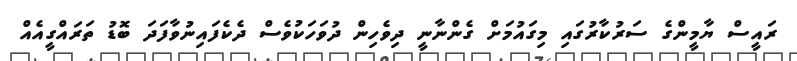
ރައީސް ޔާމީންގެ ސަރުކާރުގައި މިގައުމަށް ގެންނާނީ ދިވެހިން ދުވަހަކުވެސް ދެކެފައިނުވާފަދަ ބޮޑު ތަރައްގީއެއް